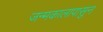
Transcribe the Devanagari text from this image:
जन्मकालापासुन